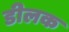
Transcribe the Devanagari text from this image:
डीलक